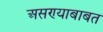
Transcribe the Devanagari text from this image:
असण्याबाबत